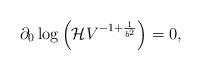
LaTeX: \begin{align*}\partial_0 \log\left( {\cal H} V^{ -1 + {1 \over b^2}} \right) = 0, \end{align*}